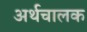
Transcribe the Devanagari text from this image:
अर्थचालक